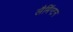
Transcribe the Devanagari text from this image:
लैमिंग्टन